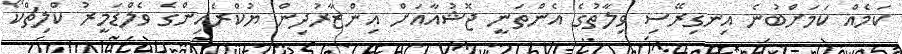
ކަމެއް ކަމަށްބުނެ އިނގިރޭސި ވިލާތުގެ އެންތަނީ ޖޮޝުއާއަށް އިންޒާރުދިން ޔުކްރެއިންގެ ވެލްޑަމީރު ކްލިޗްކޯ